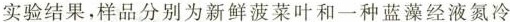
实验结果，样品分别为新鲜菠菜叶和一种蓝藻经液氮冷